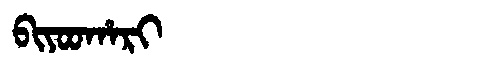
Manchu: ᠪᡳᠶᠣᠣᡥᠠᡵᡳ
Romanization: BIYOOHARI